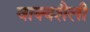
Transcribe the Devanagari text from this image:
वाक्यशैली